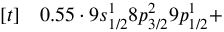
\begin{array} { r l } { [ t ] } & { { } 0 . 5 5 \cdot 9 s _ { 1 / 2 } ^ { 1 } 8 p _ { 3 / 2 } ^ { 2 } 9 p _ { 1 / 2 } ^ { 1 } + } \end{array}